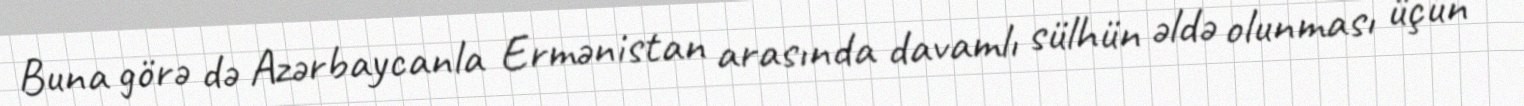
Buna görə də Azərbaycanla Ermənistan arasında davamlı sülhün əldə olunması üçün